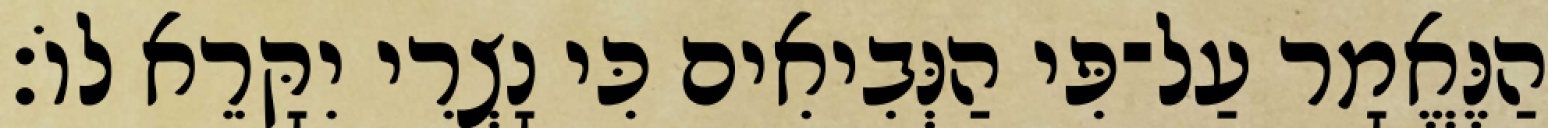
הַנֶּאֱמָר עַל־פִּי הַנְּבִיאִים כִּי נָצְרִי יִקָּרֵא לוֹ׃